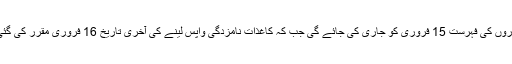
امیدواروں کی فہرست 15 فروری کو جاری کی جائے گی جب کہ کاغذاتِ نامزدگی واپس لینے کی آخری تاریخ 16 فروری مقرر کی گئی ہے۔